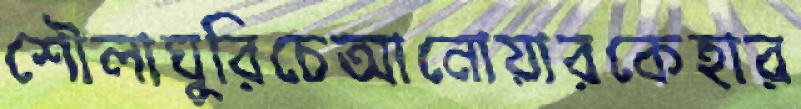
শৌলাঘুরিচেআনোয়ারকেহার